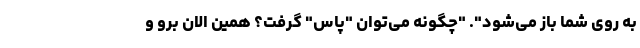
به روی شما باز می‌شود". "چگونه می‌توان "پاس" گرفت؟ همین الان برو و